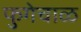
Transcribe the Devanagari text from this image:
फुगेचाळ